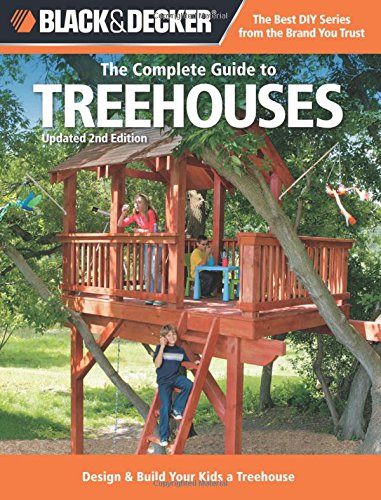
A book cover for Black & Decker The Complete Guide to Treehouses, 2nd edition: Design & Build Your Kids a Treehouse (Black & Decker Complete Guide); Philip Schmidt; Comics & Graphic Novels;